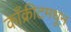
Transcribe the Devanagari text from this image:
काँक्रीटमधून